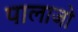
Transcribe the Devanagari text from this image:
पालाजो